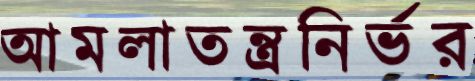
আমলাতন্ত্রনির্ভর